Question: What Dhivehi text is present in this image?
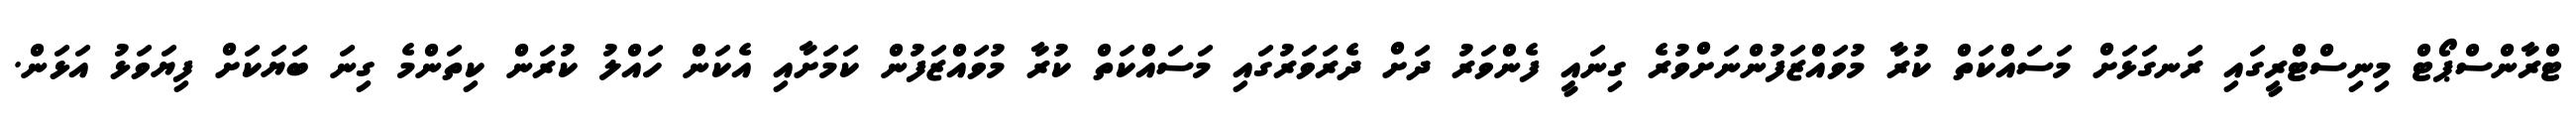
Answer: ޓްރާންސްޕޯޓް މިނިސްޓްރީގައި ރަނގަޅަށް މަސައްކަތް ކުރާ މުވައްޒަފުންނަށްވުރެ ގިނައީ ފެންވަރު ދަށް ދެރަވަރުގައި މަސައްކަތް ކުރާ މުވައްޒަފުން ކަމަށާއި އެކަން ހައްލު ކުރަން ކިތަންމެ ގިނަ ބަޔަކަށް ފިޔަވަޅު އަޅަން.